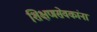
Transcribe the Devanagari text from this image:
शिक्षणसेवकांना